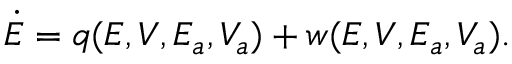
\begin{array} { r } { \dot { E } = q ( E , V , E _ { a } , V _ { a } ) + w ( E , V , E _ { a } , V _ { a } ) . } \end{array}